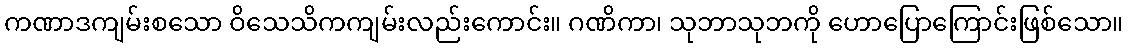
ကဏာဒကျမ်းစသော ဝိသေသိကကျမ်းလည်းကောင်း။ ဂဏိကာ၊ သုဘာသုဘကို ဟောပြောကြောင်းဖြစ်သော။